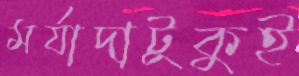
মর্যাদাটুকুই